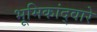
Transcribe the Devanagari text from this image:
भूमिकांद्वारे